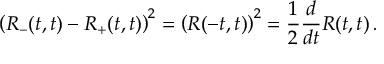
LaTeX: \left( R _ { - } ( t , t ) - R _ { + } ( t , t ) \right) ^ { 2 } = \left( R ( - t , t ) \right) ^ { 2 } = { \frac { 1 } { 2 } } { \frac { d } { d t } } R ( t , t ) \, .